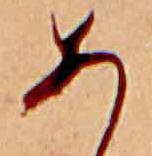
あ